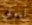
ليوني